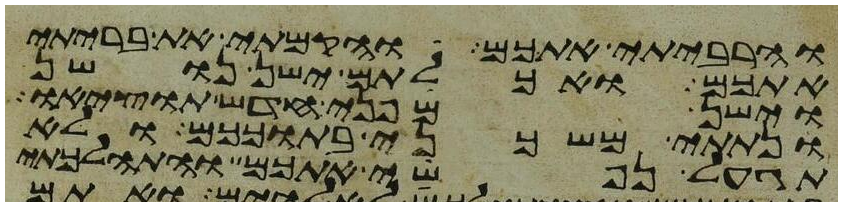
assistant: והרביתי אתכם והקמתי את בריתי
אתכם ואכלתם ישן נושן
וישן מפני חדש תוציאו
ונתתי משכני בתוככם ולא
תגעל נפשי אתכם והתהלכתי